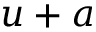
u + a